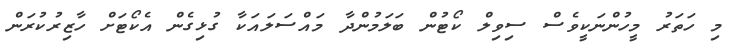
މި ހަތަރު މީހުންނަކީވެސް ސިވިލް ކޯޓުން ބަލަމުންދާ މައްސަލައަކާ ގުޅިގެން އެކޯޓަށް ހާޒިރުކުރަން